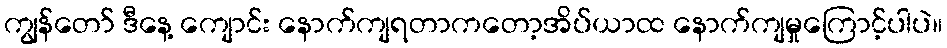
ကျွန်တော် ဒီနေ့ ကျောင်း နောက်ကျရတာကတော့အိပ်ယာထ နောက်ကျမှုကြောင့်ပါပဲ။